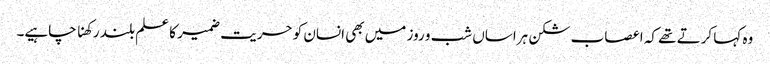
وہ کہا کرتے تھے کہ اعصاب شکن ہراساں شب و روز میں بھی انسان کو حریت ضمیر کا علم بلند رکھنا چاہیے۔